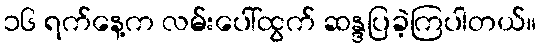
၁၆ ရက်နေ့က လမ်းပေါ်ထွက် ဆန္ဒပြခဲ့ကြပါတယ်။